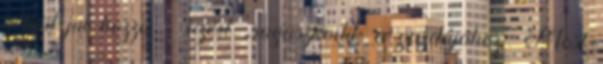
nélkül jut hozzá - azért „ragaszkodik a gazdájához” Most